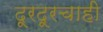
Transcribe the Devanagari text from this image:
दूरदूरचाही